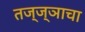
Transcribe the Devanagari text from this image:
तज्‍ज्ञाचा